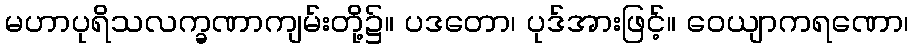
မဟာပုရိသလက္ခဏာကျမ်းတို့၌။ ပဒတော၊ ပုဒ်အားဖြင့်။ ဝေယျာကရဏော၊